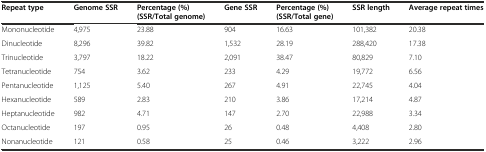
| Repeat type | Genome SSR | Percentage (%) (SSR/Total genome) | Gene SSR | Percentage (%) (SSR/Total gene) | SSR length | Average repeat times |
 | --- | --- | --- | --- | --- | --- | --- |
 | Mononucleotide | 4,975 | 23.88 | 904 | 16.63 | 101,382 | 20.38 |
 | Dinucleotide | 8,296 | 39.82 | 1,532 | 28.19 | 288,420 | 17.38 |
 | Trinucleotide | 3,797 | 18.22 | 2,091 | 38.47 | 80,829 | 7.10 |
 | Tetranucleotide | 754 | 3.62 | 233 | 4.29 | 19,772 | 6.56 |
 | Pentanucleotide | 1,125 | 5.40 | 267 | 4.91 | 22,745 | 4.04 |
 | Hexanucleotide | 589 | 2.83 | 210 | 3.86 | 17,214 | 4.87 |
 | Heptanucleotide | 982 | 4.71 | 147 | 2.70 | 22,988 | 3.34 |
 | Octanucleotide | 197 | 0.95 | 26 | 0.48 | 4,408 | 2.80 |
 | Nonanucleotide | 121 | 0.58 | 25 | 0.46 | 3,222 | 2.96 |